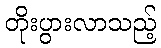
တိုးပွားလာသည့်